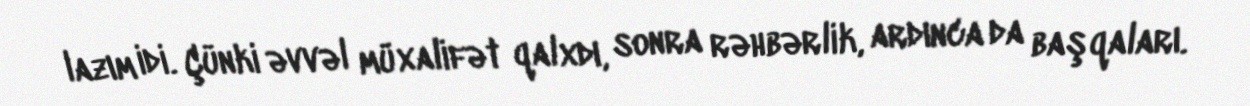
lazım idi. Çünki əvvəl müxalifət qalxdı, sonra rəhbərlik, ardınca da başqaları.